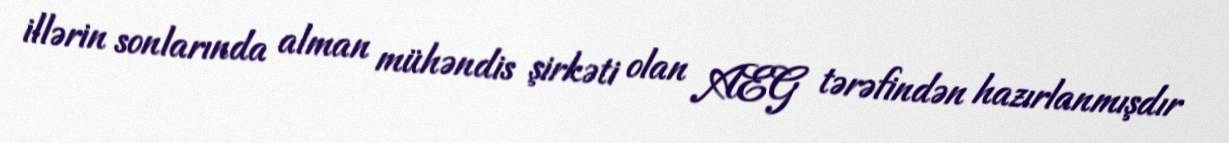
illərin sonlarında alman mühəndis şirkəti olan AEG tərəfindən hazırlanmışdır